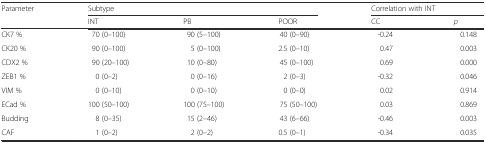
<table><thead><tr><td rowspan="2"><b>Parameter</b></td><td colspan="3"><b>Subtype</b></td><td colspan="2"><b>Correlation with INT</b></td></tr><tr><td><b>INT</b></td><td><b>PB</b></td><td><b>POOR</b></td><td><b>CC</b></td><td><b><i>p</i></b></td></tr></thead><tbody><tr><td>CK7 %</td><td>70 (0–100)</td><td>90 (5–100)</td><td>40 (0–90)</td><td>-0.24</td><td>0.148</td></tr><tr><td>CK20 %</td><td>90 (0–100)</td><td>5 (0–100)</td><td>2.5 (0–10)</td><td>0.47</td><td>0.003</td></tr><tr><td>CDX2 %</td><td>90 (20–100)</td><td>10 (0–80)</td><td>45 (0–100)</td><td>0.69</td><td>0.000</td></tr><tr><td>ZEB1 %</td><td>0 (0–2)</td><td>0 (0–16)</td><td>2 (0–3)</td><td>-0.32</td><td>0.046</td></tr><tr><td>VIM %</td><td>0 (0–10)</td><td>0 (0–10)</td><td>0 (0–0)</td><td>0.02</td><td>0.914</td></tr><tr><td>ECad %</td><td>100 (50–100)</td><td>100 (75–100)</td><td>75 (50–100)</td><td>0.03</td><td>0.869</td></tr><tr><td>Budding</td><td>8 (0–35)</td><td>15 (2–46)</td><td>43 (6–66)</td><td>-0.46</td><td>0.003</td></tr><tr><td>CAF</td><td>1 (0–2)</td><td>2 (0–2)</td><td>0.5 (0–1)</td><td>-0.34</td><td>0.035</td></tr></tbody></table>